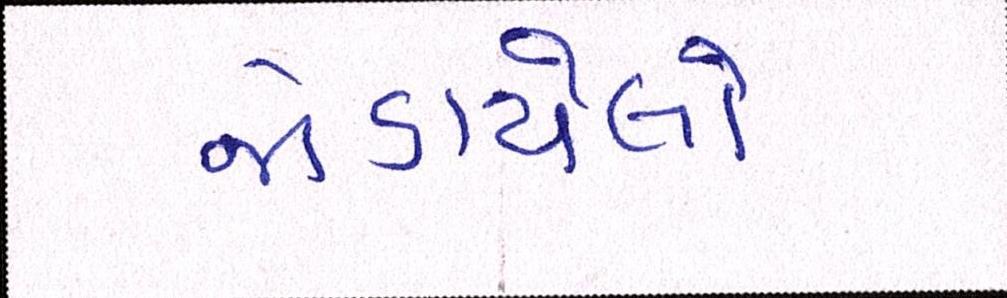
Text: જોડાયેલો